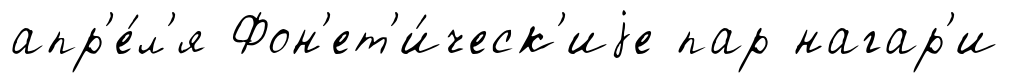
апр'е́л'я Фон'ет'и́ческ'иjе пар нагар'и